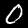
Label: 0